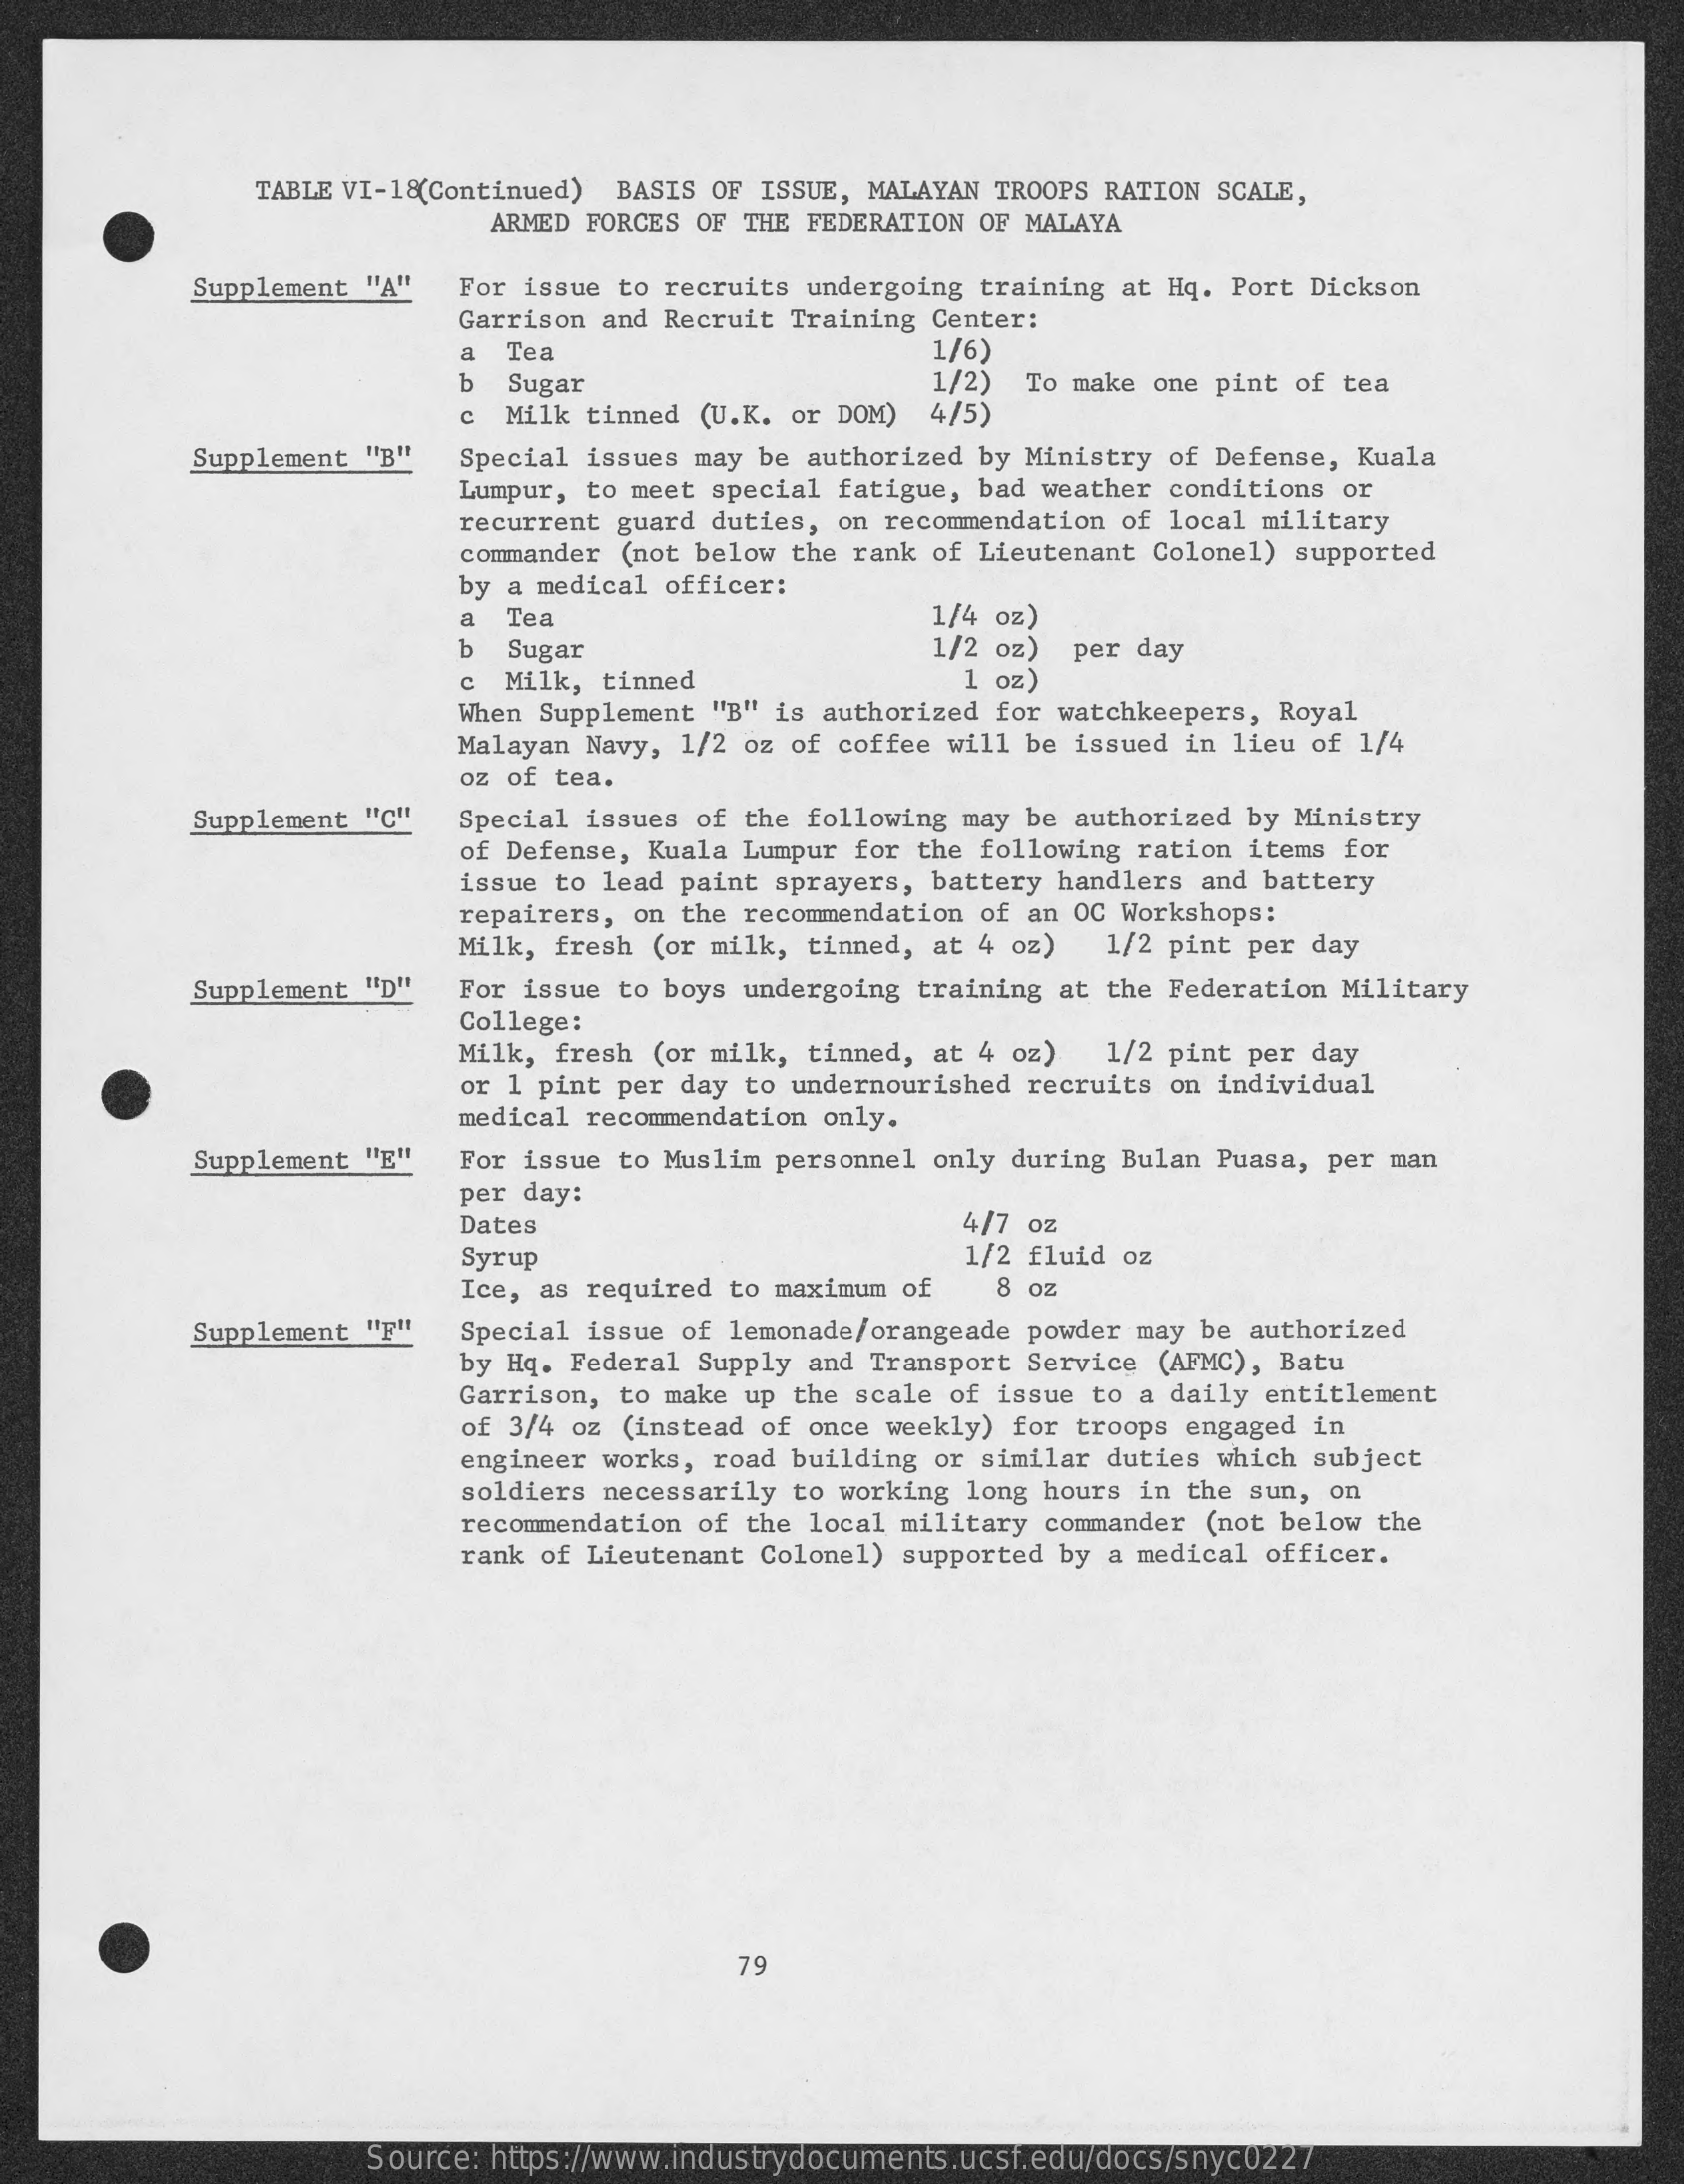
TABLE VI-18(Continued) BASIS OF ISSUE, MALAYAN TROOPS RATION SCALE,
     ARMED FORCES OF THE FEDERATION OF MALAYA
     Supplement "A" For issue to recruits undergoing training at Hq. Port Dickson
     Garrison and Recruit Training Center:
     Tea    1/6)
     b    1/2) To make one pint of tea
     c Milk tinned (U.K. or DOM)
     Sugar
     4/5)
     Supplement "B" Special issues may be authorized by Ministry of Defense, Kuala
     Lumpur, to meet special fatigue, bad weather conditions or
     recurrent guard duties, on recommendation of local military
     commander (not below the rank of Lieutenant Colonel) supported
     by a medical officer:
     a Tea    1/4 oz)
     b Sugar    1/2 oz) per day
     c Milk, tinned    1 oz)
     When Supplement "B" is authorized for watchkeepers, Royal
     Malayan Navy, 1/2 oz of coffee will be issued in lieu of 1/4
     oz of tea.
     Supplement "c" Special issues of the following may be authorized by Ministry
     of Defense, Kuala Lumpur for the following ration items for
     issue to lead paint sprayers, battery handlers and battery
     repairers, on the recommendation of an OC Workshops:
     Milk, fresh (or milk, tinned, at 4 oz) 1/2 pint per day
     Supplement "D" For issue to boys undergoing training at the Federation Military
     College:
     Milk, fresh (or milk, tinned, at 4 oz) 1/2 pint per day
     or 1 pint per day to undernourished recruits on individual
     medical recommendation only.
     Supplement "E" For issue to Muslim personnel only during Bulan Puasa, per man
     per day:
     Dates    4/7 oz
     Syrup    1/2 fluid oz
     Ice, as required to maximum of 8 oz
     Supplement "F" Special issue of lemonade/orangeade powder may be authorized
     by Hq. Federal Supply and Transport Service (AFMC), Batu
     Garrison, to make up the scale of issue to a daily entitlement
     of 3/4 oz (instead of once weekly) for troops engaged in
     engineer works, road building or similar duties which subject
     soldiers necessarily to working long hours in the sun, on
     recommendation of the local military commander (not below the
     rank of Lieutenant Colonel) supported by a medical officer.
     79
     Source: https://www.industrydocuments.ucsf.edu/docs/snyc0227